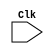
module IF_OF (
              input Clk
               );

wire Clk;
reg [31:0] Instruction,pc_current;

                     always @( negedge Clk)
                     begin
                     # 9.99
                     Instruction  <=  P.Instruction;
                     pc_current   <=  P.pc_current;
                     end
                     
                     endmodule